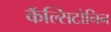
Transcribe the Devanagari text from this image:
कॅल्सिटोनिन